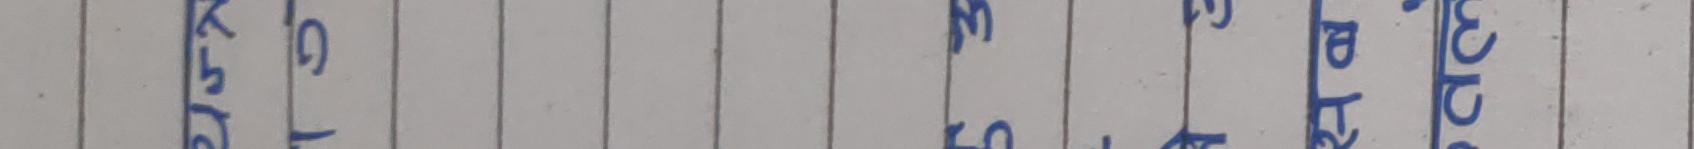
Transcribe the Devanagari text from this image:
अनुसार